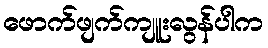
ဖောက်ဖျက်ကျူးလွန်ပါက